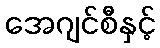
အေဂျင်စီနှင့်